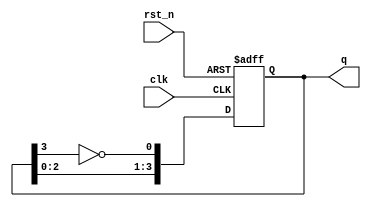
module modified_johnson_counter #(
    parameter n = 4 // Number of flip-flops
) (
    input wire clk,
    input wire rst_n, // Active low asynchronous reset
    output reg [n-1:0] q // Output state of the counter
);

    // Sequential logic for Modified Johnson Counter
    always @(posedge clk or negedge rst_n) begin
        if (!rst_n) begin
            // Reset the counter to known state (all zeros)
            q <= 0;
        end else begin
            // Shift the counter and apply inverted feedback
            q <= {q[n-2:0], ~q[n-1]};
        end
    end

endmodule